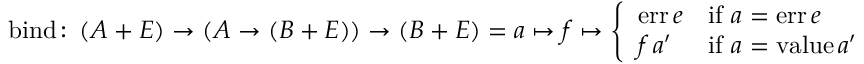
{ \mathrm { b i n d } } \colon \left( A + E \right) \to \left( A \to \left( B + E \right) \right) \to \left( B + E \right) = a \mapsto f \mapsto { \left\{ \begin{array} { l l } { { \mathrm { e r r } } \, e } & { { \mathrm { i f } } \ a = { \mathrm { e r r } } \, e } \\ { f \, a ^ { \prime } } & { { \mathrm { i f } } \ a = { \mathrm { v a l u e } } \, a ^ { \prime } } \end{array} \right. }